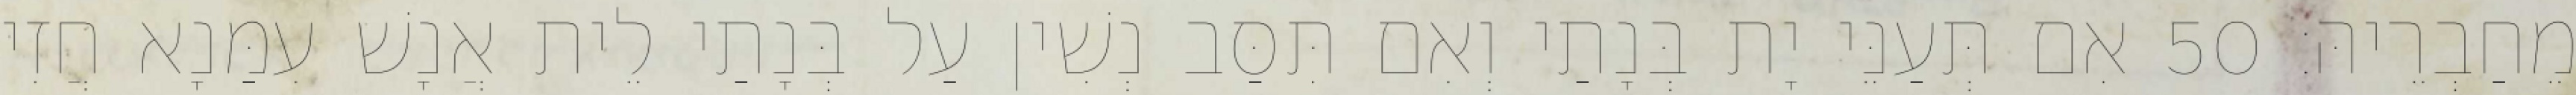
מֵחַבְרֵיהּ׃ 50 אִם תְּעַנֵּי יָת בְּנָתַי וְאִם תִּסַּב נְשִׁין עַל בְּנָתַי לֵית אֲנָשׁ עִמַּנָא חֲזִי